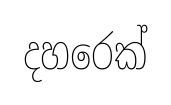
දහරෙක්